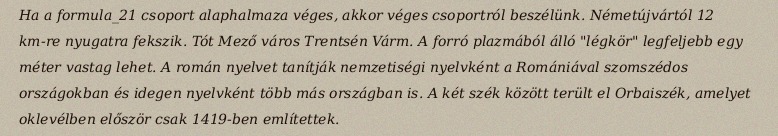
Ha a formula_21 csoport alaphalmaza véges, akkor véges csoportról beszélünk. Németújvártól 12 km-re nyugatra fekszik. Tót Mező város Trentsén Várm. A forró plazmából álló "légkör" legfeljebb egy méter vastag lehet. A román nyelvet tanítják nemzetiségi nyelvként a Romániával szomszédos országokban és idegen nyelvként több más országban is. A két szék között terült el Orbaiszék, amelyet oklevélben először csak 1419-ben említettek.